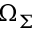
\Omega _ { \Sigma }